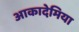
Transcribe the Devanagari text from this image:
आकादेमिया